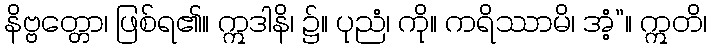
နိဗ္ဗတ္တော၊ ဖြစ်ရ၏။ ဣဒါနိ၊ ၌။ ပုညံ၊ ကို။ ကရိဿာမိ၊ အံ့”။ ဣတိ၊